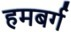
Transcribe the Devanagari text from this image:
हमबर्ग